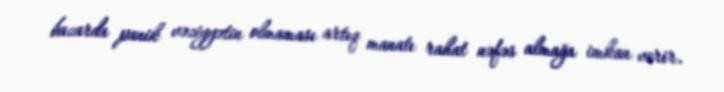
bazarda panik vəziyyətin olmaması artıq manatı rahat nəfəs almağa imkan verir.